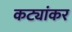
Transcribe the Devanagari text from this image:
कट्यांकर